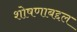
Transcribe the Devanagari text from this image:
शोषणाबद्दल